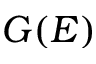
G ( E )